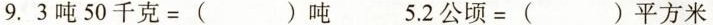
9.3吨50千克=()吨 5.2公顷=()平方米